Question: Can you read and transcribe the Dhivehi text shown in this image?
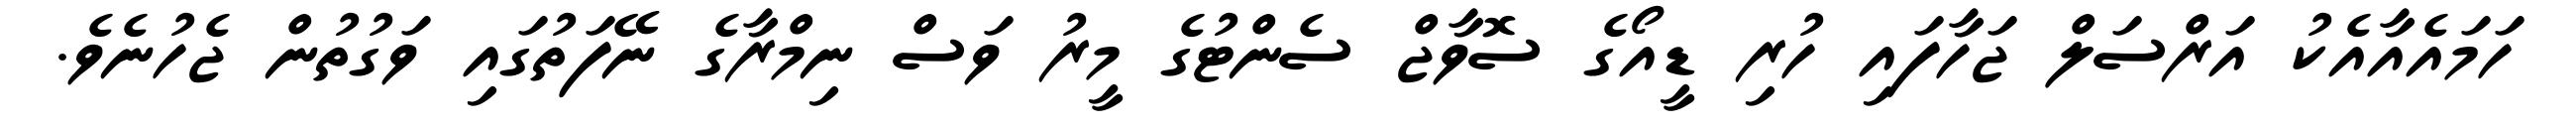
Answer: ހަމައެއާއެކު އަރްސަލް ޖަހާފައި ހުރި ޑީއޯގެ ސޮވާޖް ސެންޓުގެ މީރު ވަސް ނިމްރާގެ ނޭފަތުގައި ވަގުތުން ޖެހުނެވެ.